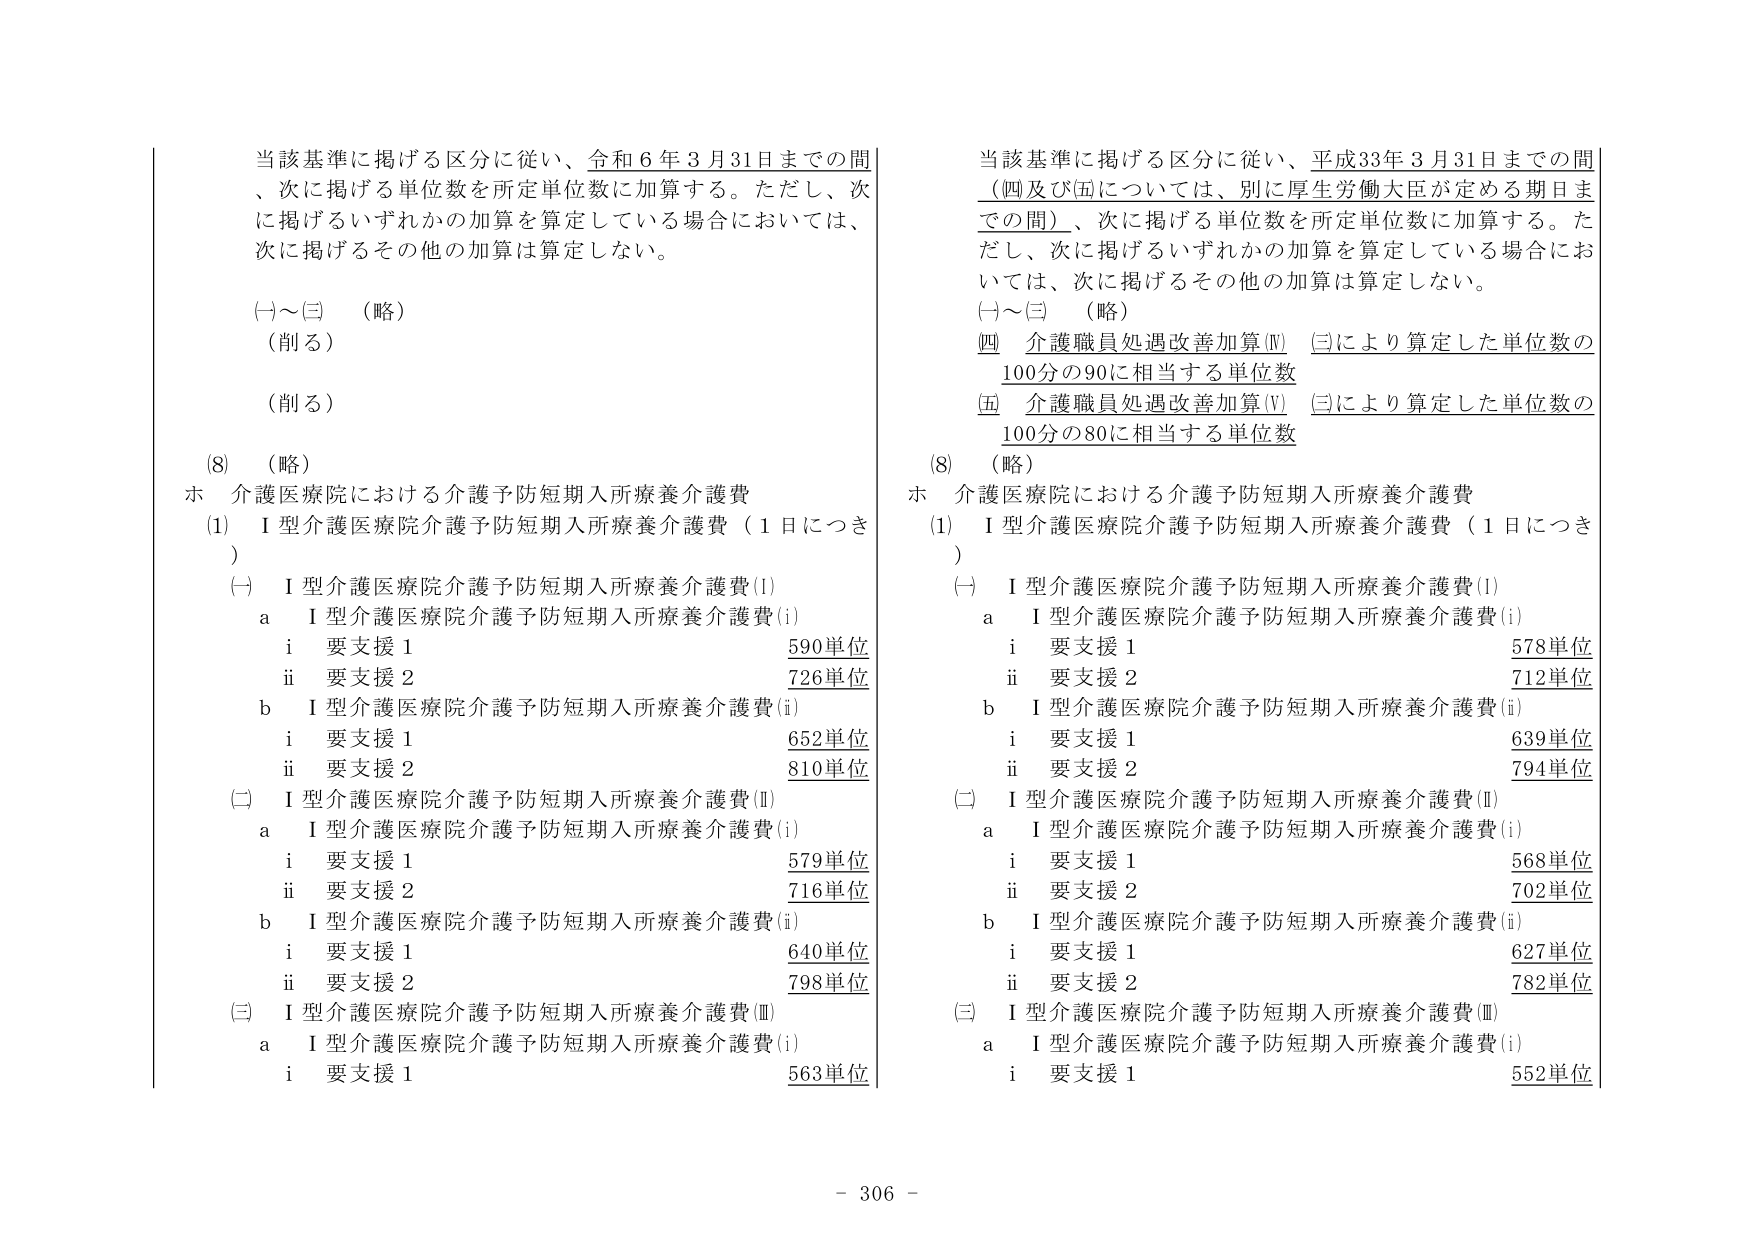
当該基準に掲げる区分に従い、令和6年3月31日までの間、次に掲げる単位数を所定単位数に加算する。ただし、次に掲げるいずれかの加算を算定している場合においては、次に掲げるその他の加算は算定しない。

(一)～(三)　（略）
（削る）
（削る）

(8)　（略）
ホ　介護医療院における介護予防短期入所療養介護費
(1)　Ⅰ型介護医療院介護予防短期入所療養介護費（1日につき）
(一)　Ⅰ型介護医療院介護予防短期入所療養介護費(Ⅰ)
　a　Ⅰ型介護医療院介護予防短期入所療養介護費(i)
　　i　要支援1　　　　　　　　　　　　　　　590単位
　　ii　要支援2　　　　　　　　　　　　　　　726単位
　b　Ⅰ型介護医療院介護予防短期入所療養介護費(ii)
　　i　要支援1　　　　　　　　　　　　　　　652単位
　　ii　要支援2　　　　　　　　　　　　　　　810単位
(二)　Ⅰ型介護医療院介護予防短期入所療養介護費(Ⅱ)
　a　Ⅰ型介護医療院介護予防短期入所療養介護費(i)
　　i　要支援1　　　　　　　　　　　　　　　579単位
　　ii　要支援2　　　　　　　　　　　　　　　716単位
　b　Ⅰ型介護医療院介護予防短期入所療養介護費(ii)
　　i　要支援1　　　　　　　　　　　　　　　640単位
　　ii　要支援2　　　　　　　　　　　　　　　798単位
(三)　Ⅰ型介護医療院介護予防短期入所療養介護費(Ⅲ)
　a　Ⅰ型介護医療院介護予防短期入所療養介護費(i)
　　i　要支援1　　　　　　　　　　　　　　　563単位

当該基準に掲げる区分に従い、平成33年3月31日までの間（四及び五については、別に厚生労働大臣が定める期日までの間）、次に掲げる単位数を所定単位数に加算する。ただし、次に掲げるいずれかの加算を算定している場合においては、次に掲げるその他の加算は算定しない。

(一)～(三)　（略）
四　介護職員処遇改善加算(Ⅳ)　(三)により算定した単位数の100分の90に相当する単位数
五　介護職員処遇改善加算(Ⅴ)　(三)により算定した単位数の100分の80に相当する単位数

(8)　（略）
ホ　介護医療院における介護予防短期入所療養介護費
(1)　Ⅰ型介護医療院介護予防短期入所療養介護費（1日につき）
(一)　Ⅰ型介護医療院介護予防短期入所療養介護費(Ⅰ)
　a　Ⅰ型介護医療院介護予防短期入所療養介護費(i)
　　i　要支援1　　　　　　　　　　　　　　　578単位
　　ii　要支援2　　　　　　　　　　　　　　　712単位
　b　Ⅰ型介護医療院介護予防短期入所療養介護費(ii)
　　i　要支援1　　　　　　　　　　　　　　　639単位
　　ii　要支援2　　　　　　　　　　　　　　　794単位
(二)　Ⅰ型介護医療院介護予防短期入所療養介護費(Ⅱ)
　a　Ⅰ型介護医療院介護予防短期入所療養介護費(i)
　　i　要支援1　　　　　　　　　　　　　　　568単位
　　ii　要支援2　　　　　　　　　　　　　　　702単位
　b　Ⅰ型介護医療院介護予防短期入所療養介護費(ii)
　　i　要支援1　　　　　　　　　　　　　　　627単位
　　ii　要支援2　　　　　　　　　　　　　　　782単位
(三)　Ⅰ型介護医療院介護予防短期入所療養介護費(Ⅲ)
　a　Ⅰ型介護医療院介護予防短期入所療養介護費(i)
　　i　要支援1　　　　　　　　　　　　　　　552単位

- 306 -